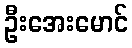
ဦးအေးမောင်